Leaving Certificate Examination, 1905
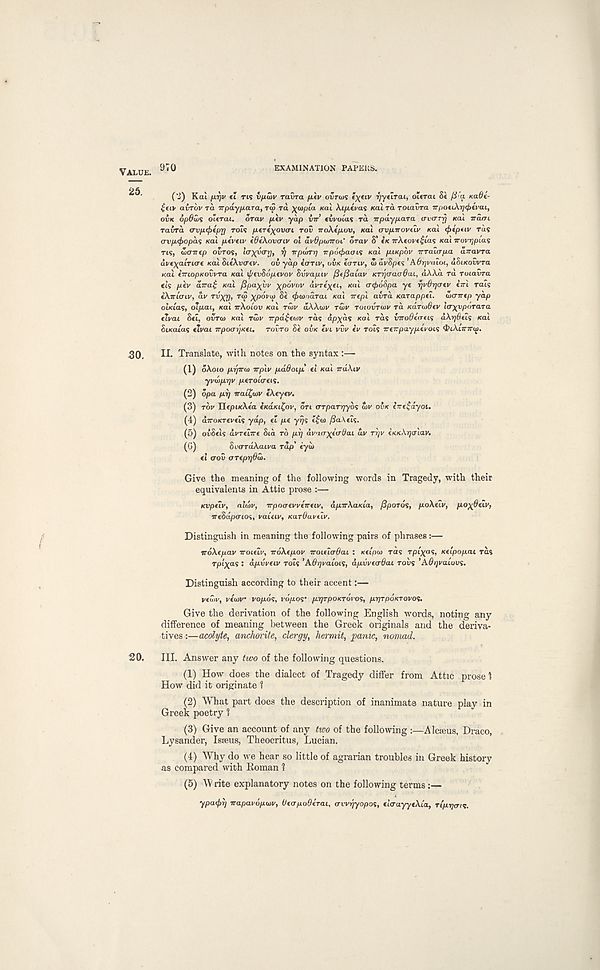
VALUE. 970
EXAMINATION PAPERS.
('2) Kcu fiTjv ti rts vfjLuiv ravra fiiv ovrws fX tiV Vyt^Tai, oltrai St fi a KaOe-
£fiv airov ra irpay/xara, T<5 ra xcjfiia xai Ai/xtyas Kai rd roiavra TTpottAi^tVcu,
oi« opdws ottrat. orav /Atv yap VTT’ fivoias ra Trpdypara avarrrj KO.1 naiTL
raira <rvfi<f>tpr] rols fj-trcloverI TOV 7roXtp.ov, Kai (rv/inovtli' Kai <f>fptiv rds
<rv/x<^>opds Kai p.tveiv idfkovaiv ol av&pwTroC orav S’ tK irAfovt^ias Kai wovTjptas
ns, tLairtp ovToi, l(T)(y<Trj, rj Trpwr-q 7rpo^>aais Kai ptKpov irra'icrp.a airavra
avexainae Kai SttAvertv. ov yap cariv, OVK iariv, !> avSpt<; ’A.6rjviuoi, dSiKoCvra
Kai iiriopKOwra Kai tytvhoptvov Svvapii' fitfiaiav KTrjffaadaL, dXXd ra Toiavra
tis ptv a7ra^ Kai /Spacin' ^pdvov avTex ( h KaL o-</)dSpa yt r/vOrjaev iiri rats
tXffuriv, dv rvxr), rip XP°V i ?
ffuanaraL Kai rrtpi aird Karappei. wcrirtp yap
oUias, oTfiai, Kai TrXotou Kai riov dXXaiv Tali' ToiovTtov rd Karaifitv la’X’vpoTara
tlvai Sti, ovreo Kai rwy rirpd$twv rds dp^ds Kai rds viroOtcrdS dXrjOds Kai
StKatas tli/at irpoar/KCi. rairo St OVK tia vui' iv TOIS TrtTrpay/xtVots ^iXimrai.
30.
II. Translate, with notes on the syntax :—
(1) oXoto firjmti irplv p.d6oip.' ti Kai TrdXu'
yvwpirjv ptrotatis.
(2) opa p.r/ iraifav tXtytv.
(3) TOI' IlfpiKXta (KaKi^ov, on (TTpaTTjybs uv OVK iTretayoi.
(4) dTroKTfWfis yap, tt pt yp? tea) /3a,\tZ^.
(5) OL'Otis avTtiirt Std TO prj dvao-^tir^ai di' ryv (KKXrja'iav.
(0)
Suo'TttXan'a rap’ tyu>
ft <roS orepr]0u>.
Give the meaning of the following words in Tragedy, with their
equivalents in Attic prose :—
Kvptiv, aldv, irpoaevveirfiv, apnrkaKia, fiporos, p.oXeu', p.ox&dv,
veSdpaios, vaUiv, KarOavdv.
Distinguish in meaning the following pairs of phrases:—
iroXtpav iroitiv, irdXtpoi' voifivOai : Kupw ra? rpixa’i, Ktipop.ai ras
Tpt'^as : afivvtiv rott ’Affijvaion, dp.vvt<s6ai TOVS ’Adqvaiuvs.
Distinguish according to their accent:—
I'fdll', VtOIV VOp.6s, I'd/XOS* pTJTpOKTOrOS, p-rjTpOKTOVOi.
Give the derivation of the following English words, noting any
difference of meaning between the Greek originals and the deriva-
tives:—acolyte, anchorite, clergy, hermit, panic, nomad.
20.
III. Answer any two of the following questions.
(1) How does the dialect of Tragedy differ from Attic prose 1
How did it originate 1
(2) What part does the description of inanimate nature play in
Greek poetry 1
(3) Give an account of any two of the following :—Alcseus, Draco,
Lysander, Isseus, Theocritus, Lucian.
(4) Why do we hear so little of agrarian troubles in Greek history
as compared with Roman 1
(5) W rite explanatory notes on the following terms:—
ypa<f>l) irapavopiov, UtapoOerai, avvgyopot, ct’cruyy«Xta, Tifirjais.